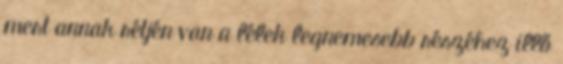
mert annak rétjén van a lélek legnemesebb részéhez illő